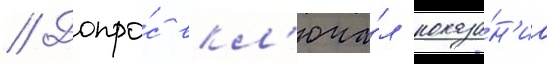
// Допро́с вкл'юча́л показа́н'иа